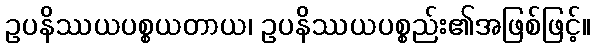
ဥပနိဿယပစ္စယတာယ၊ ဥပနိဿယပစ္စည်း၏အဖြစ်ဖြင့်။